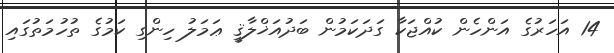
14 އަހަރުގެ އަންހެން ކުއްޖަކާ ގަދަކަމުން ބަދުއަޚްލާޤީ ޢަމަލު ހިންގި ކަމުގެ ތުހުމަތުގައި